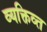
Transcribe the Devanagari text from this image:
व्यक्तिव्त